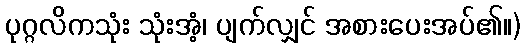
ပုဂ္ဂလိကသုံး သုံးအံ့၊ ပျက်လျှင် အစားပေးအပ်၏။)